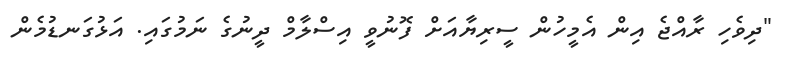
"ދިވެހި ރާއްޖެ އިން އެމީހުން ސީރިޔާއަށް ފޮނުވީ އިސްލާމް ދީނުގެ ނަމުގައި. އަޅުގަނޑުމެން